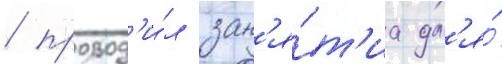
/ провод'и́л зан'я́т'иа дл'я́